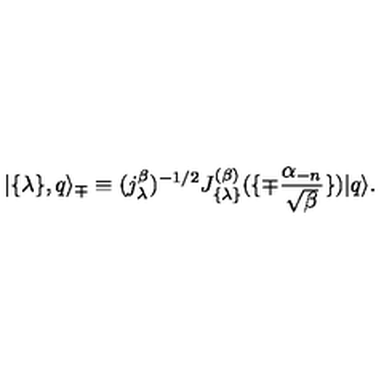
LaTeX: | \{ \lambda \} , q \rangle _ { \mp } \equiv ( j _ { \lambda } ^ { \beta } ) ^ { - 1 / 2 } J _ { \{ \lambda \} } ^ { ( \beta ) } ( \{ \mp { \frac { \alpha _ { - n } } { \sqrt { \beta } } } \} ) | q \rangle .